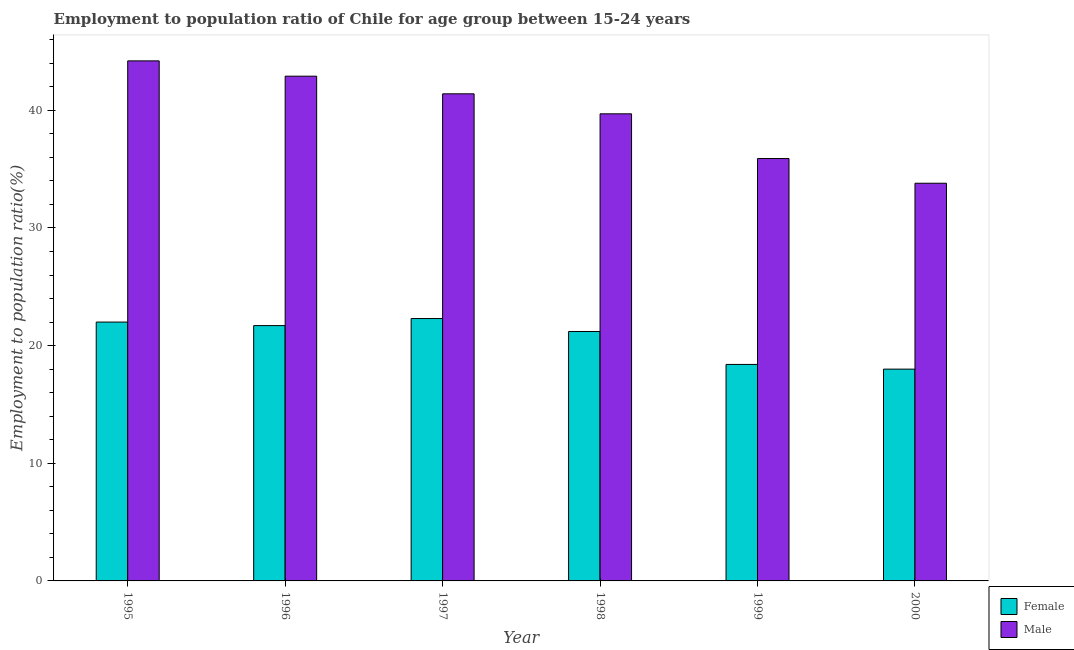
| Year | Female | Male |
 | --- | --- | --- |
 | 1995 | 22 | 44.2 |
 | 1996 | 21.7 | 42.9 |
 | 1997 | 22.3 | 41.4 |
 | 1998 | 21.2 | 39.7 |
 | 1999 | 18.4 | 35.9 |
 | 2000 | 18 | 33.8 |